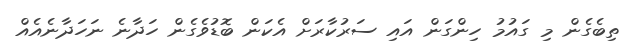
ތިބެގެން މި ގައުމު ހިންގަން އައި ސަރުކާރަށް އެކަން ބޮޑުވެގެން ހަދާނެ ނަހަދާނެއެއް